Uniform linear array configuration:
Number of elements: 16
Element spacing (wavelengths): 0.5
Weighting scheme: uniform
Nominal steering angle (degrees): -60
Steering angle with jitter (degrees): -61.872
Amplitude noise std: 0.05
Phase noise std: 0.05

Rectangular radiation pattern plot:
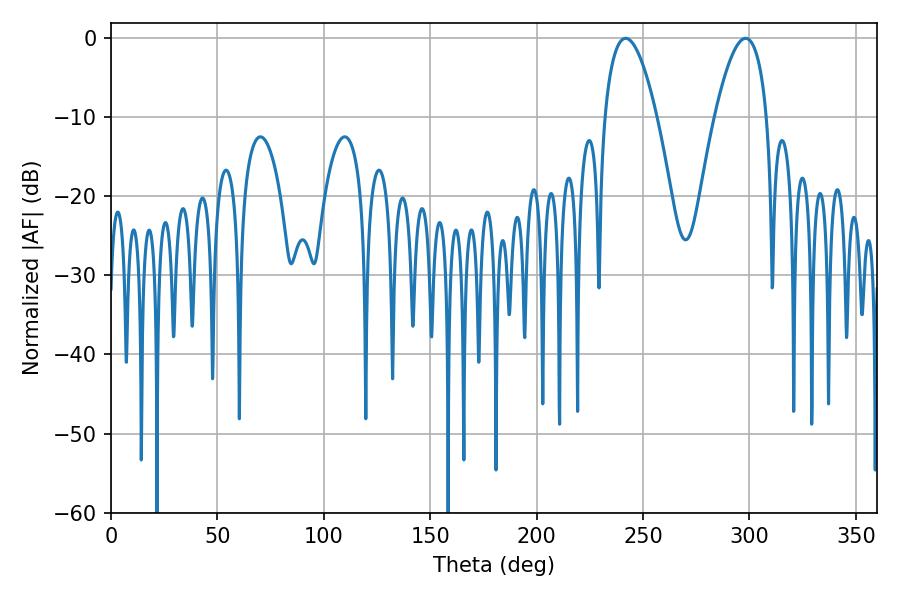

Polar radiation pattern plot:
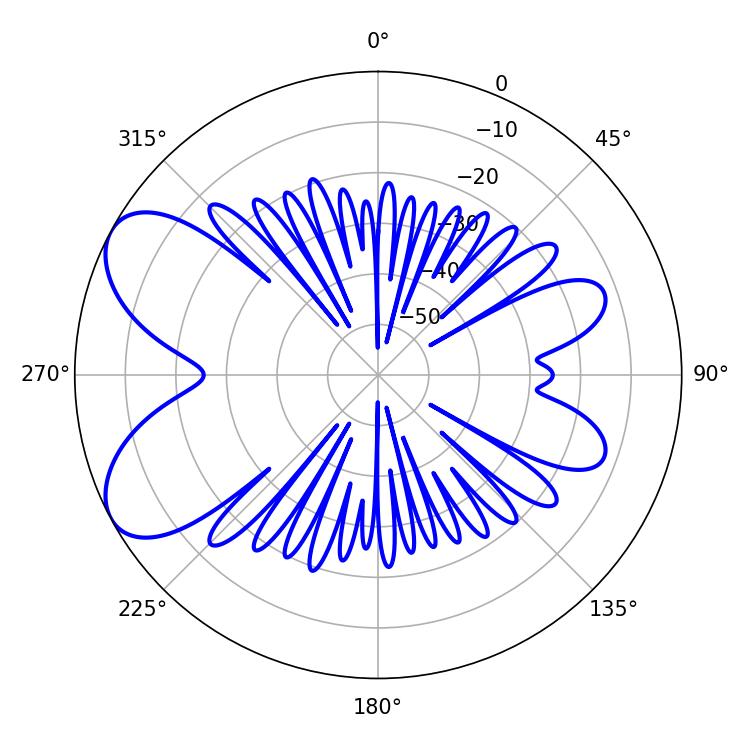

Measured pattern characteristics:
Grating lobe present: FALSE
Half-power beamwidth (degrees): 13.5
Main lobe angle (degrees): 241.74